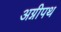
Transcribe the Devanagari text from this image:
अग्नीपथ